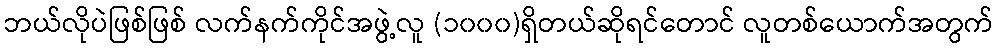
ဘယ်လိုပဲဖြစ်ဖြစ် လက်နက်ကိုင်အဖွဲ့လူ (၁၀၀၀)ရှိတယ်ဆိုရင်တောင် လူတစ်ယောက်အတွက်